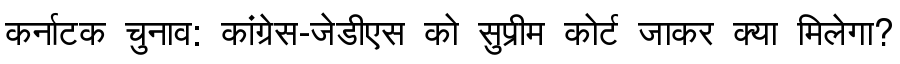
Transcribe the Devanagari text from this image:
कर्नाटक चुनाव: कांग्रेस-जेडीएस को सुप्रीम कोर्ट जाकर क्या मिलेगा?